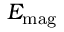
E _ { \mathrm { m a g } }